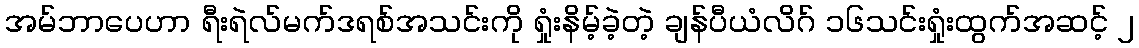
အမ်ဘာပေဟာ ရီးရဲလ်မက်ဒရစ်အသင်းကို ရှုံးနိမ့်ခဲ့တဲ့ ချန်ပီယံလိဂ် ၁၆သင်းရှုံးထွက်အဆင့် ၂